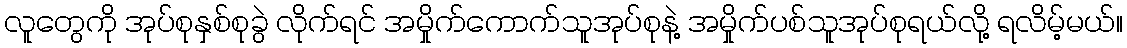
လူတွေကို အုပ်စုနှစ်စုခွဲ လိုက်ရင် အမှိုက်ကောက်သူအုပ်စုနဲ့ အမှိုက်ပစ်သူအုပ်စုရယ်လို့ ရလိမ့်မယ်။